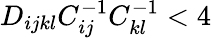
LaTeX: D_{ijkl}C_{ij}^{-1}C_{kl}^{-1}<4